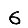
Digit: 6